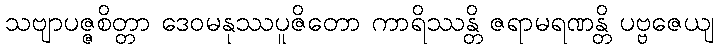
သဗျာပဇ္ဇစိတ္တာ ဒေဝမနုဿပူဇိတော ကာရိဿန္တိ ဇရာမရဏန္တိ ပဗ္ဗဇေယျ